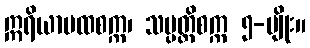
ဣရိယာပထစက္က၊ သမ္ပတ္တိစက္က ၅-မျိုး။